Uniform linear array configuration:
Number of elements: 4
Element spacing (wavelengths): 1
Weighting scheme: cosine
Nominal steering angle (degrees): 15
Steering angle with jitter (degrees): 14.278
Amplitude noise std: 0.05
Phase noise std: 0.05

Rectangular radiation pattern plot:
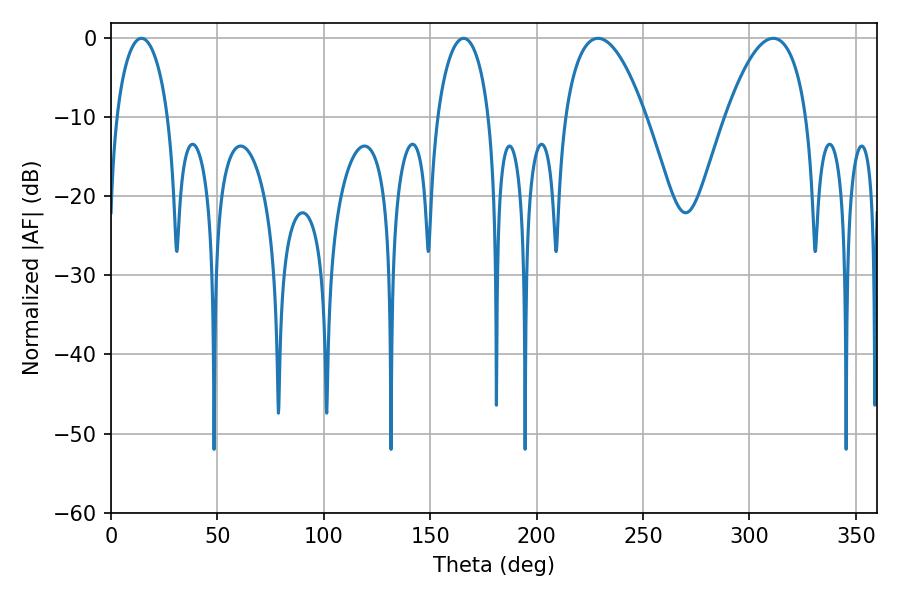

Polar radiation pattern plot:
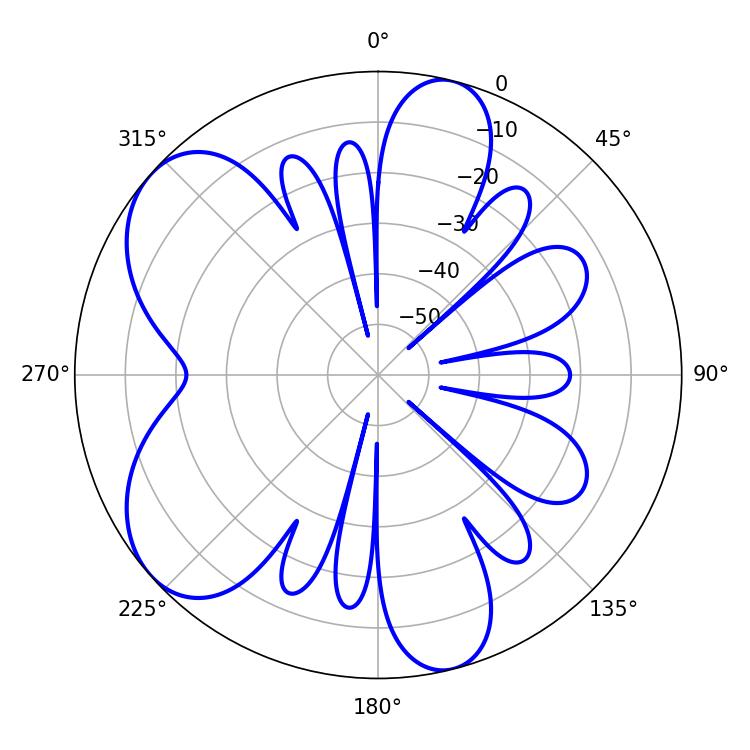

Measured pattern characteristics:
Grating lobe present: TRUE
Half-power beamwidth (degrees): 21.06
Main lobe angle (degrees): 228.78